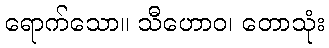
ရောက်သော။ သီဟောဝ၊ တောသုံး